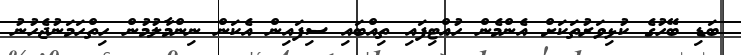
ބަޑި ބޭހުގެ ކުޅިވަރުތަކަށް އެންމެން ހުއްޓިފައި ތިއްބައި ސިފައިން އެކަން ނިންމާލުމުން ހިތްހަމަނުޖެހުނު